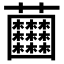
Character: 𧆘